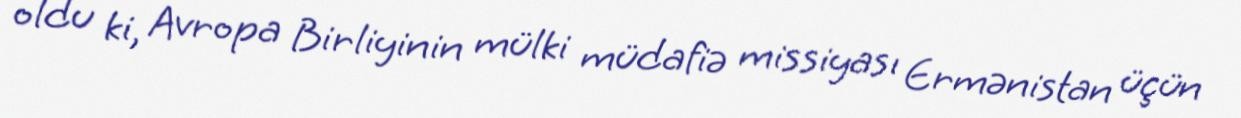
oldu ki, Avropa Birliyinin mülki müdafiə missiyası Ermənistan üçün